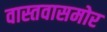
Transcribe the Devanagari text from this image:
वास्तवासमोर